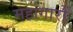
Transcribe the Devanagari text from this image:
महागारों